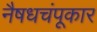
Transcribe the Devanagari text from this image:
नैषधचंपूकार